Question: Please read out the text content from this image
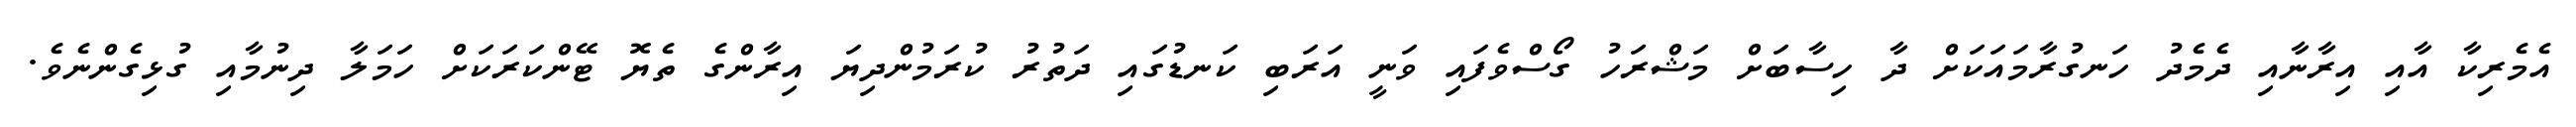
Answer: އެމެރިކާ އާއި އިރާނާއި ދެމެދު ހަނގުރާމައަކަށް ދާ ހިސާބަށް މަޝްރަހު ގޯސްވެފައި ވަނީ އަރަބި ކަނޑުގައި ދަތުރު ކުރަމުންދިޔަ އިރާންގެ ތެޔޮ ޓޭންކަރަކަށް ހަމަލާ ދިނުމާއި ގުޅިގެންނެވެ.